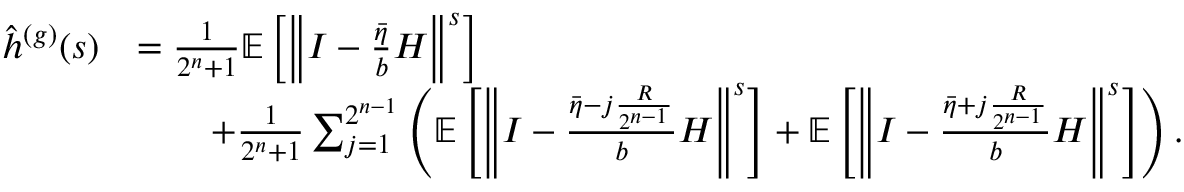
\begin{array} { r l } { \hat { h } ^ { ( g ) } ( s ) } & { = \frac { 1 } { 2 ^ { n } + 1 } \mathbb { E } \left[ \left\Vert I - \frac { \bar { \eta } } { b } H \right\Vert ^ { s } \right] } \\ & { \qquad + \frac { 1 } { 2 ^ { n } + 1 } \sum _ { j = 1 } ^ { 2 ^ { n - 1 } } \left( \mathbb { E } \left[ \left\Vert I - \frac { \bar { \eta } - j \frac { R } { 2 ^ { n - 1 } } } { b } H \right\Vert ^ { s } \right] + \mathbb { E } \left[ \left\Vert I - \frac { \bar { \eta } + j \frac { R } { 2 ^ { n - 1 } } } { b } H \right\Vert ^ { s } \right] \right) . } \end{array}